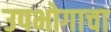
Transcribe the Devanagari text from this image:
उपभोगाचा